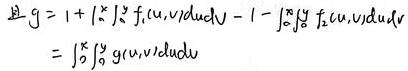
\[
\begin{align*}
\text{且 }g&=1 + \int_{-\infty}^{x}\int_{-\infty}^{y} f_1(u,v)dudv - 1 - \int_{0}^{x}\int_{0}^{y} f_2(u,v)dudv\\
&=\int_{0}^{x}\int_{0}^{y} g(u,v)dudv
\end{align*}
\]